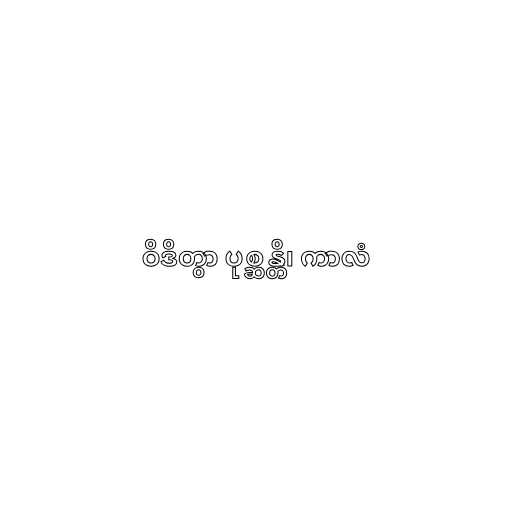
ဝိဒိတွာ ပုစ္ဆန္တိ၊ ကာလံ